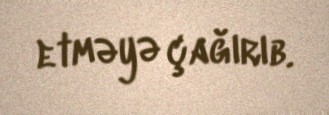
etməyə çağırıb.